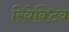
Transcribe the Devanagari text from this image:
रियेक्टिव